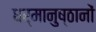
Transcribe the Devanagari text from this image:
धर्मानुष्ठानों